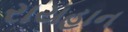
રાયહાન